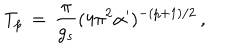
LaTeX: T _ { p } \, = \, { \frac { \pi } { g _ { s } } } ( 4 \pi ^ { 2 } \alpha ^ { \prime } ) ^ { - ( p + 1 ) / 2 } \, ,